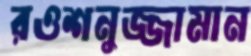
রওশনুজ্জামান